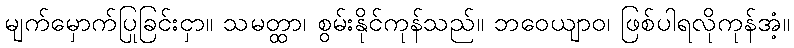
မျက်မှောက်ပြုခြင်းငှာ။ သမတ္ထာ၊ စွမ်းနိုင်ကုန်သည်။ ဘဝေယျာဝ၊ ဖြစ်ပါရလိုကုန်အံ့။